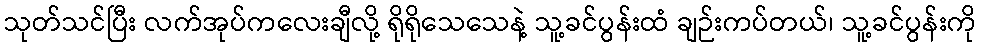
သုတ်သင်ပြီး လက်အုပ်ကလေးချီလို့ ရိုရိုသေသေနဲ့ သူ့ခင်ပွန်းထံ ချဉ်းကပ်တယ်၊ သူ့ခင်ပွန်းကို